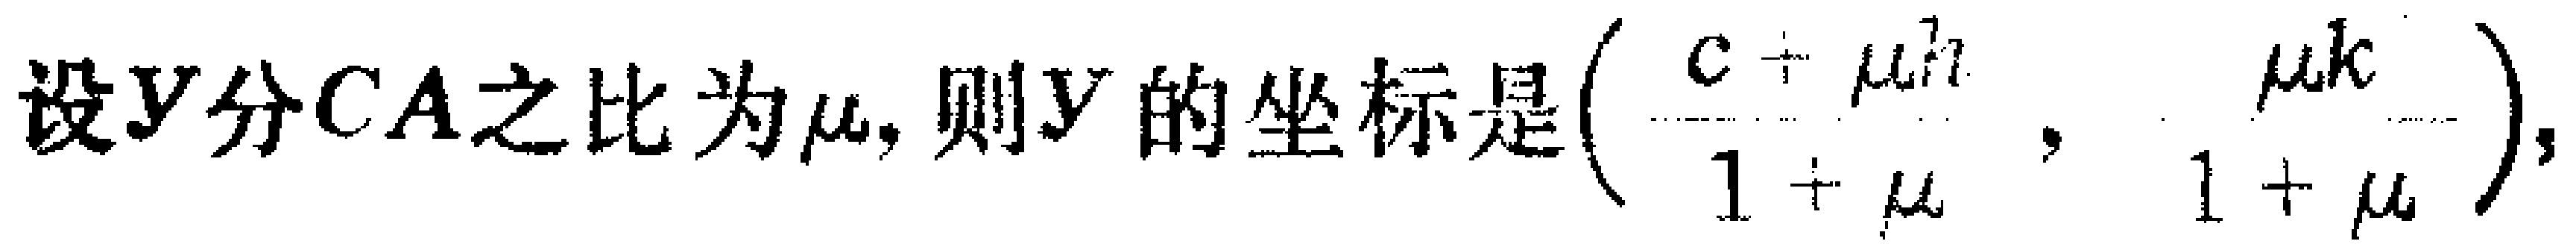
设$Y$分$CA$之比为$\mu$, 则$Y$的坐标是$\left(\frac{c + \mu h}{1 + \mu}, \frac{\mu k}{1 + \mu}\right)$,